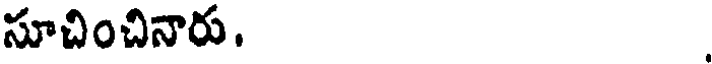
సూచించినారు.